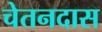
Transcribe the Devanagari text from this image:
चेतनदास